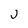
Character: J